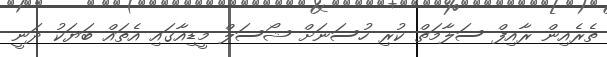
ތެރެއިން ރާއިފް ސަލާމަތް ކުރި ހުސަނަށް ޝޯސަލް މީޑިއާގައި އެތައް ބަޔަކު ދަނީ